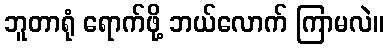
ဘူတာရုံ ရောက်ဖို့ ဘယ်လောက် ကြာမလဲ။